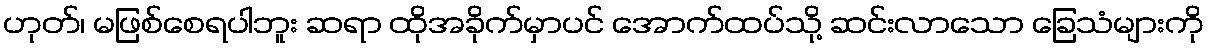
ဟုတ်၊ မဖြစ်စေရပါဘူး ဆရာ ထိုအခိုက်မှာပင် အောက်ထပ်သို့ ဆင်းလာသော ခြေသံများကို